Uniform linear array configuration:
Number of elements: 32
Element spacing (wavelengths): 0.75
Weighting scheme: kaiser
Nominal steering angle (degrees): -60
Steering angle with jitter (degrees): -60.901
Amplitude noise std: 0.05
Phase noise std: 0.05

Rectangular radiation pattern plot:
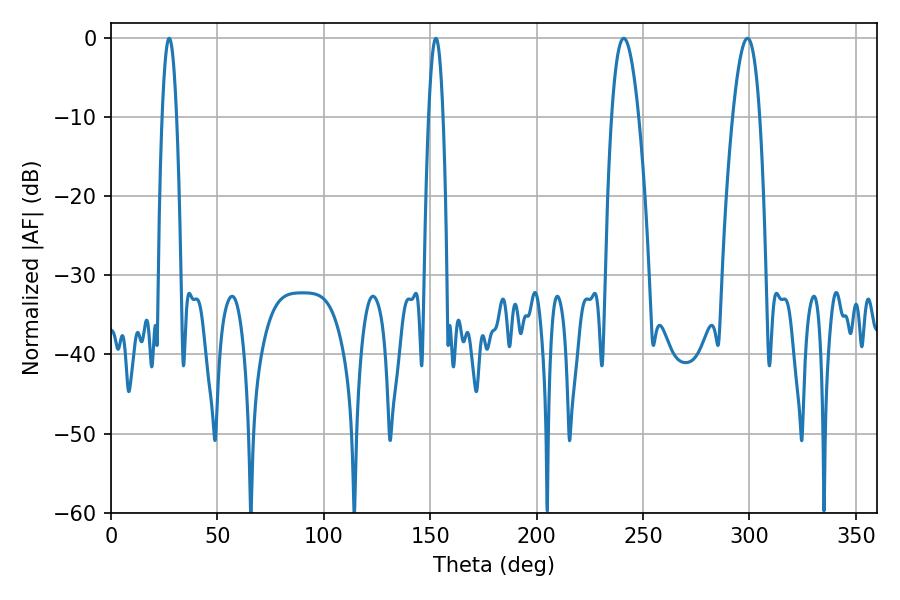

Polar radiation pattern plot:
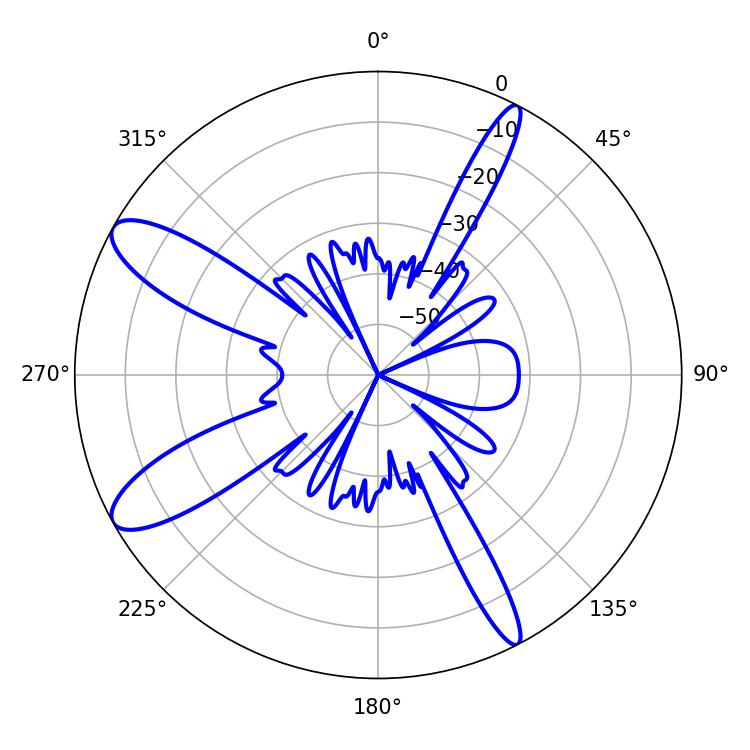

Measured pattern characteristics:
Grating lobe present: TRUE
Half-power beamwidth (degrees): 3.6
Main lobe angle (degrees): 27.36